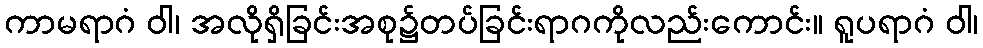
ကာမရာဂံ ဝါ၊ အလိုရှိခြင်းအစု၌တပ်ခြင်းရာဂကိုလည်းကောင်း။ ရူပရာဂံ ဝါ၊